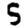
Digit: 5